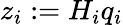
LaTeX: z_{i}:=H_{i}q_{i}